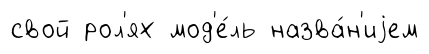
свой рол'ях мод'е́ль назва́н'иjем